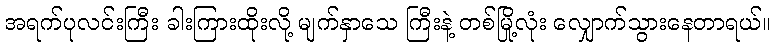
အရက်ပုလင်းကြီး ခါးကြားထိုးလို့ မျက်နှာသေ ကြီးနဲ့ တစ်မြို့လုံး လျှောက်သွားနေတာရယ်။